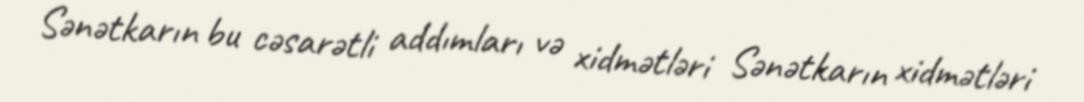
Sənətkarın bu cəsarətli addımları və xidmətləri Sənətkarın xidmətləri